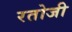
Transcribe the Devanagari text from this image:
रतोजी